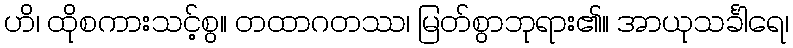
ဟိ၊ ထိုစကားသင့်စွ။ တထာဂတဿ၊ မြတ်စွာဘုရား၏။ အာယုသင်္ခါရေ၊